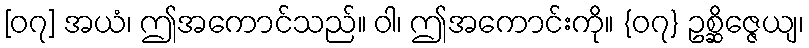
[၀၇] အယံ၊ ဤအကောင်သည်။ ဝါ၊ ဤအကောင်းကို။ {၀၇} ဥစ္ဆိဇ္ဇေယျ၊